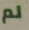
لم